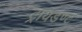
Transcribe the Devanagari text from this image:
ट्रायडण्ट